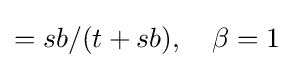
=sb/(t+sb),\quad \beta =1